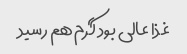
غذا عالی بود گرم هم رسید